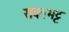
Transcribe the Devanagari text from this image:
रावतभट्ट